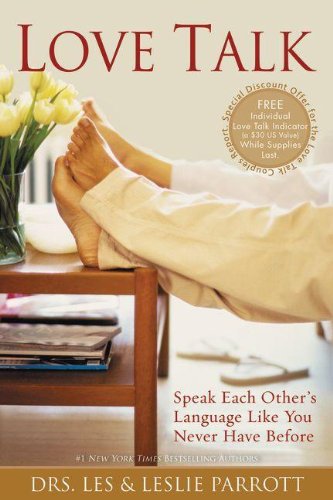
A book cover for Love Talk: Speak Each Other's Language Like You Never Have Before; Les Parrott; Medical Books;